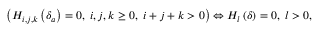
\left( H _ { i , j , k } \left( \delta _ { a } \right) = 0 , \; i , j , k \geq 0 , \; i + j + k > 0 \right) \Leftrightarrow H _ { l } \left( \delta \right) = 0 , \; l > 0 ,